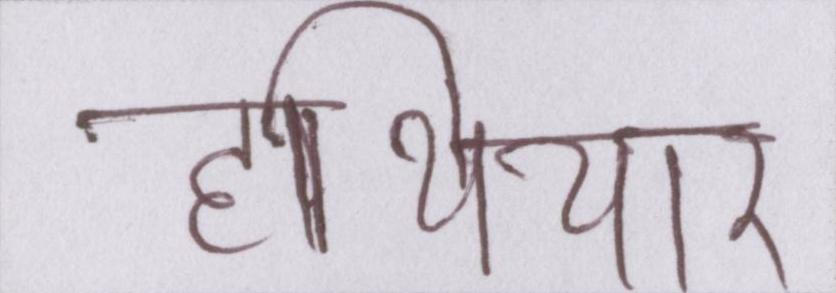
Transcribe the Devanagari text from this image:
हथियार